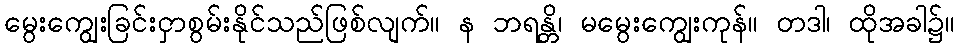
မွေးကျွေးခြင်းငှာစွမ်းနိုင်သည်ဖြစ်လျက်။ န ဘရန္တိ၊ မမွေးကျွေးကုန်။ တဒါ၊ ထိုအခါ၌။